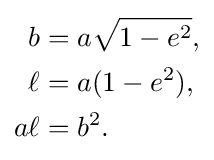
{\begin{aligned}b&=a{\sqrt {1-e^{2}}},\\\ell &=a(1-e^{2}),\\a\ell &=b^{2}.\end{aligned}}